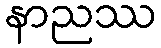
နာညဿ